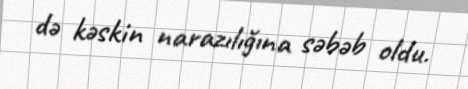
də kəskin narazılığına səbəb oldu.